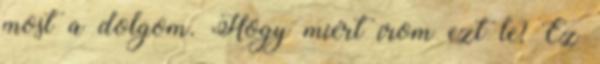
most a dolgom. Hogy miért írom ezt le? Ez